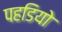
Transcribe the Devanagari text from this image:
पहडियो